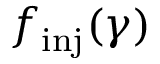
f _ { \mathrm { i n j } } ( \gamma )